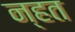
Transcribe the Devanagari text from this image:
न्हत